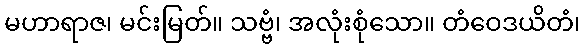
မဟာရာဇ၊ မင်းမြတ်။ သဗ္ဗံ၊ အလုံးစုံသော။ တံဝေဒယိတံ၊